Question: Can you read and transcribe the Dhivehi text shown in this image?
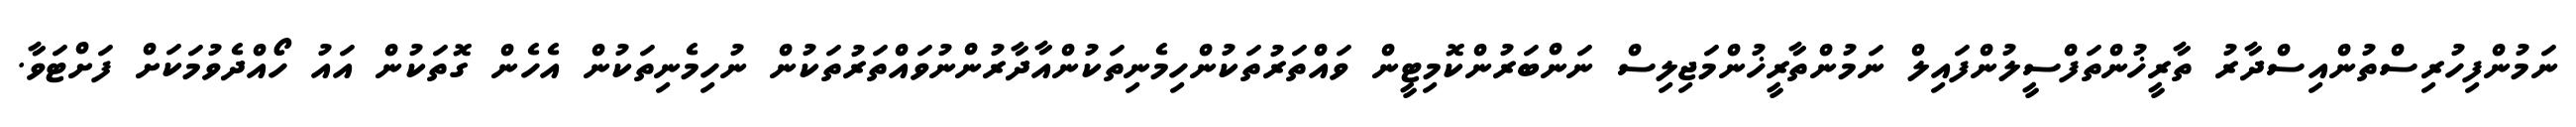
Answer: ނަމުންފިހުރިސްތުންއިސްދާރު ތާރީޚުންތަފްސީލުންފައިލް ނަމުންތާރީޚުންމަޖިލިސް ނަންބަރުންކޮމިޓީން ވައްތަރުތަކުންހިމެނިތަކުންއާދާރުންނުވައްތަރުތަކުން ނުހިމެނިތަކުން އެހެން ގޮތަކުން އައު ހޯއްދެވުމަކަށް ފަށްޓަވާ.